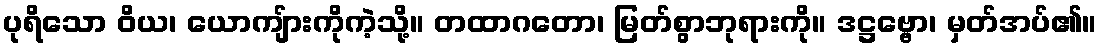
ပုရိသော ဝိယ၊ ယောကျ်ားကိုကဲ့သို့။ တထာဂတော၊ မြတ်စွာဘုရားကို။ ဒဋ္ဌဗ္ဗော၊ မှတ်အပ်၏။